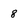
Character: 8